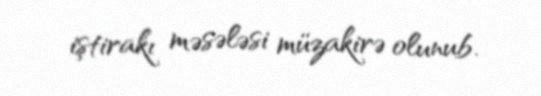
iştirakı məsələsi müzakirə olunub.